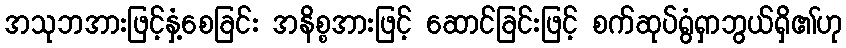
အသုဘအားဖြင့်နှံ့စေခြင်း အနိစ္စအားဖြင့် ဆောင်ခြင်းဖြင့် စက်ဆုပ်ရွံရှာဘွယ်ရှိ၏ဟု